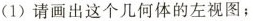
(1)请画出这个几何体的左视图；